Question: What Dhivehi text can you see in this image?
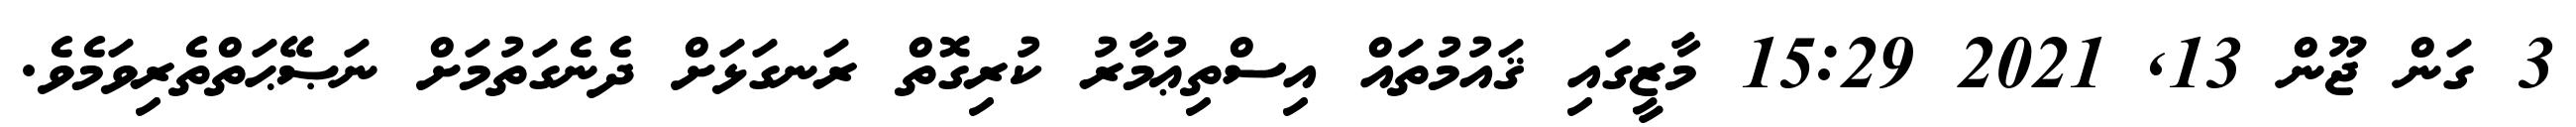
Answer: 3 ގަން ޖޫން 13, 2021 15:29 މާޒީގައި ޤައުމުތައް އިސްތިޢުމާރު ކުރިގޮތް ރަނގަޅަށް ދެނެގަތުމަށް ނަޞޭޙަތްތެރިވަމެވެ.